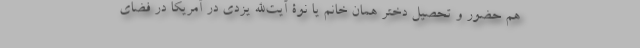
هم حضور و تحصیل دختر همان خانم یا نوۀ آیت‌الله یزدی در آمریکا در فضای